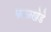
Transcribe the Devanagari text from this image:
काळखेडे